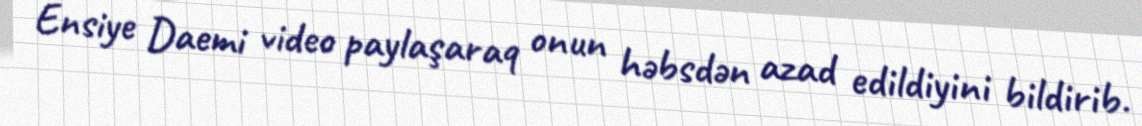
Ensiye Daemi video paylaşaraq onun həbsdən azad edildiyini bildirib.